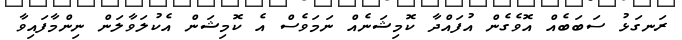
ރަނގަޅު ސަބަބެއް އޮވެގެން އުފައްދާ ކޮމިޝަނެއް ނަމަވެސް އެ ކޮމިޝަން އެކުލަވާލަން ނިންމާފައިވާ